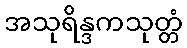
အသုရိန္ဒကသုတ္တံ